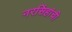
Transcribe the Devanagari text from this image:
नरसिंहांची